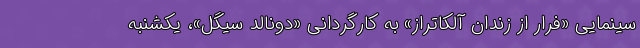
سینمایی «فرار از زندان آلکاتراز» به کارگردانی «دونالد سیگل»، یکشنبه